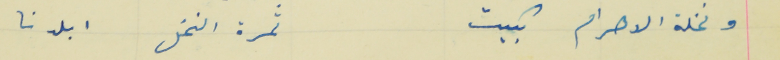
ونخلة الاهرام بكيت                                                  ثمرة النخل ابلدنا